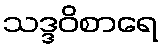
သဒ္ဒဝိစာရေ